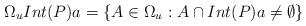
LaTeX: \begin{align*} \Omega_{u}Int(P)a=\{A \in \Omega_{u}: A \cap Int(P)a \neq \emptyset \}\end{align*}